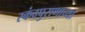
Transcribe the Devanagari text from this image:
स्कंदपुराणाच्या